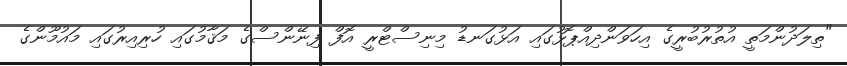
"ތިލަދުންމަތީ އުތުރުބުރީގެ އިހަވަންދިއްޕޮޅުގައި އަޅުގަނޑު މިނިސްޓްރީ އޮފް ފިނޭންސްގެ މަޤާމުގައި ހުރިއިރުގައި މައުމޫންގެ